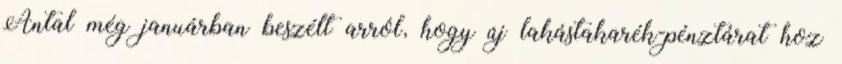
Antal még januárban beszélt arról, hogy új lakástakarék-pénztárat hoz